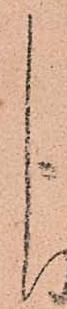
よ